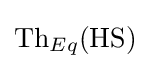
{\text{Th}}_{Eq}(\mathrm {HS} )